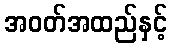
အဝတ်အထည်နှင့်